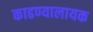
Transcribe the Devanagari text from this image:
काढण्यालायक